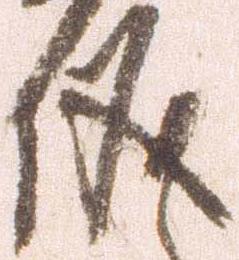
議